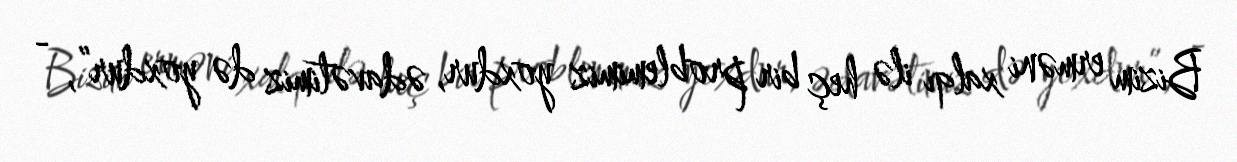
Bizim erməni xalqı ilə heç bir problemimiz yoxdur, ədavətimiz də yoxdur”, -